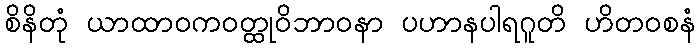
စိနိတုံ ယာထာဝကဝတ္ထုဝိဘာဝနာ ပဟာနပါရဂူတိ ဟိတဝစနံ